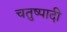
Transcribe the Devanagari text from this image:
चतुष्पादी